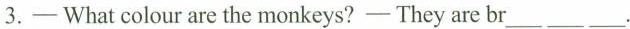
3.—What colourare the monkeys?—They are br ___ ___ ___ .